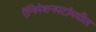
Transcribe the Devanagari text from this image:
ऍनिमेशनपटांमधील